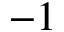
- 1